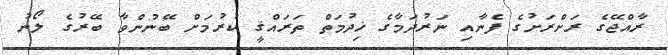
ރާއްޖޭގެ ރަށްރަށުގެ ފެނާއި ނަރުދަމާގެ ޚިދުމަތް ތަރައްޤީ ކުރުމަށް ބޭނުންވާ ބޭރުގެ ލޯނު